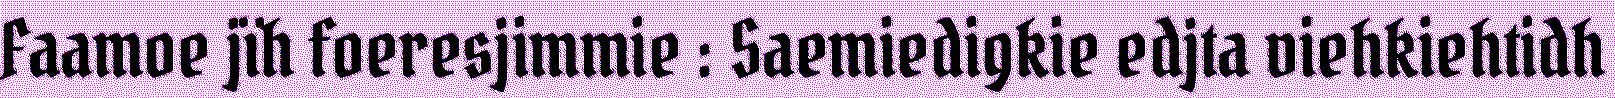
Faamoe jïh foeresjimmie : Saemiedigkie edjta viehkiehtidh